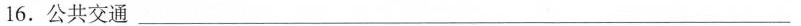
16.公共交通